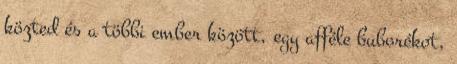
közted és a többi ember között, egy afféle buborékot,